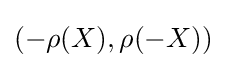
(-\rho (X),\rho (-X))